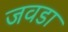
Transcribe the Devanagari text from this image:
जवडा